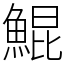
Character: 鯤